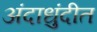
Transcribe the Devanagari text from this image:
अंदाधुंदीत